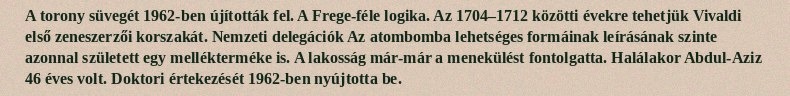
A torony süvegét 1962-ben újították fel. A Frege-féle logika. Az 1704–1712 közötti évekre tehetjük Vivaldi első zeneszerzői korszakát. Nemzeti delegációk Az atombomba lehetséges formáinak leírásának szinte azonnal született egy mellékterméke is. A lakosság már-már a menekülést fontolgatta. Halálakor Abdul-Aziz 46 éves volt. Doktori értekezését 1962-ben nyújtotta be.